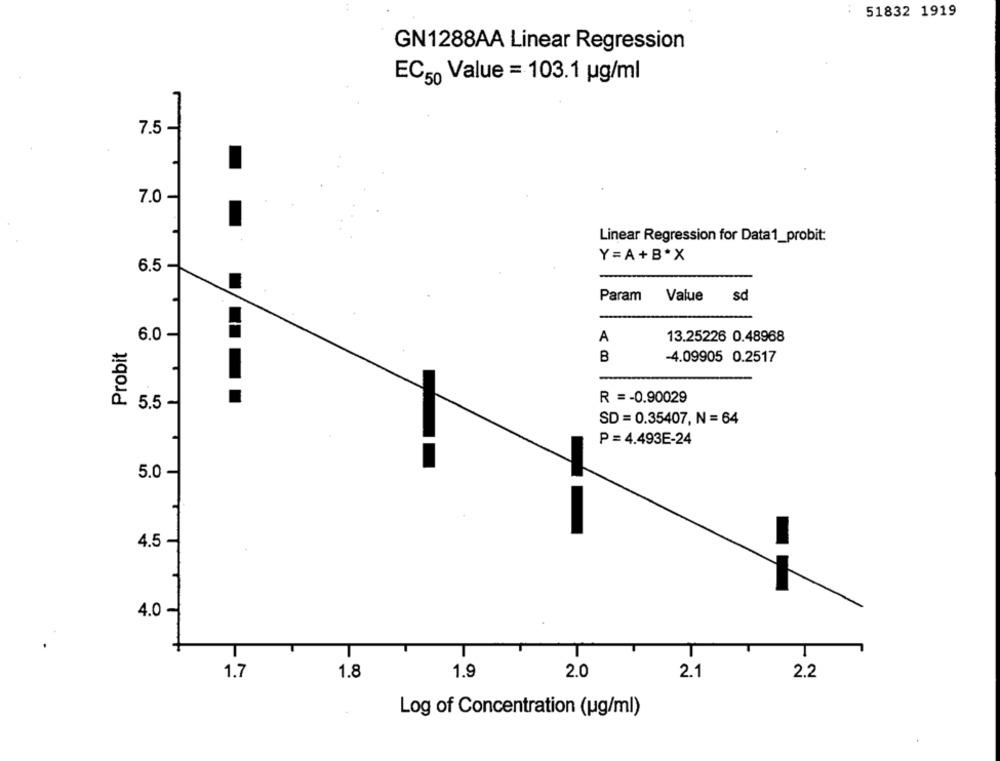
51832 1919
GN1288AA Linear Regression
EC50 Value = 103.1 ug/ml
7.5-
7.0
Linear Regression for Data1_probit:
Y=A+B*X
6.5
Param
Value
sd
Probit
6.0
A
13.25226 0.48968
B
-4.09905 0.2517
R =- 0.90029
5.5
SD = 0.35407, N = 64
P = 4.493E-24
5.0 -
4.5 -
4.0 -
1.7
1.8
1.9
2.0
2.1
2.2
Log of Concentration (ug/ml)